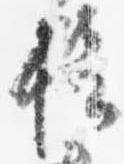
権